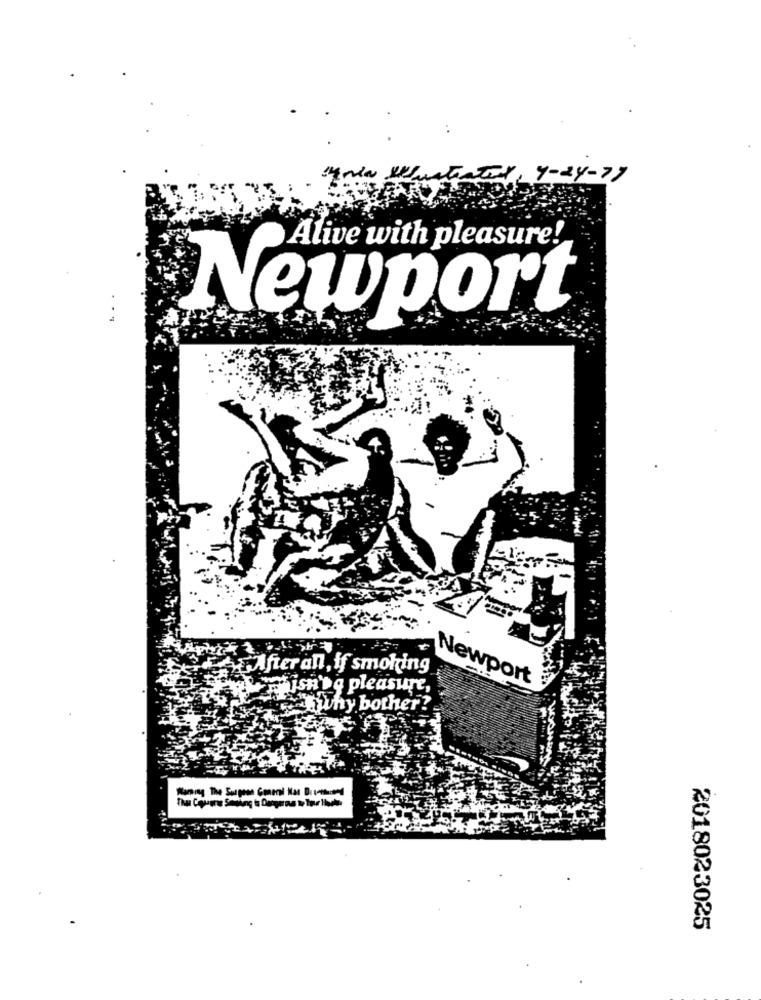
1,4-24-77
Alive with pleasure!
Newport
Afteran, if smoking
Newport
wishing pleasure,
why bother?
Naming The Surgesa Goneni Har Du returned
2018023025